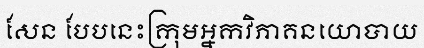
សែន បែបនេះក្រុមអ្នកវិភាគនយោបាយ